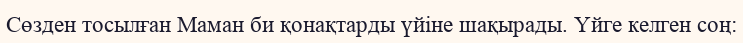
Сөзден тосылған Маман би қонақтарды үйіне шақырады. Үйге келген соң: